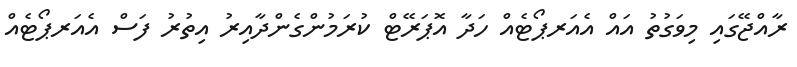
ރާއްޖޭގައި މިވަގުތު އައް އެއަރޕޯޓެއް ހަދާ އޮޕަރޭޓް ކުރަމުންގެންދާއިރު އިތުރު ފަސް އެއަރޕޯޓެއް